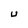
Character: U